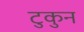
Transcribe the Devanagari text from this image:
टुकुन